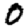
Digit: 0